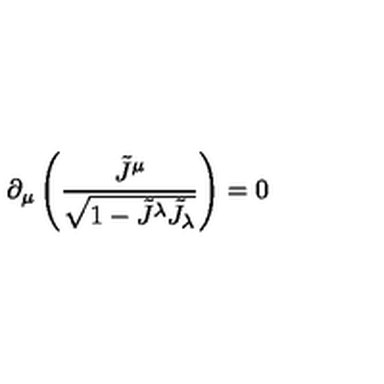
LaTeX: \partial _ { \mu } \left( \frac { \tilde { J } ^ { \mu } } { \sqrt { 1 - \tilde { J } ^ { \lambda } \tilde { J } _ { \lambda } } } \right) = 0